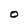
Character: O